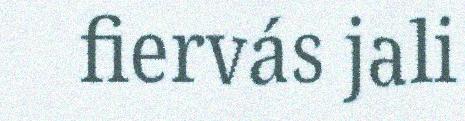
fiervás jali